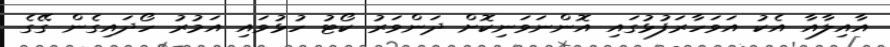
އާއިލާއާ އެކު އަވަހާރަފުޅުގައި އޮންނަވަނިކޮށް ދަންވަރު ކޯޓު ހުޅުވައި އަމުރު ހޯދައިގެން ގޭގެ